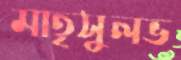
মাতৃসুলভ